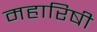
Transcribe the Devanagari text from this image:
महारिषी